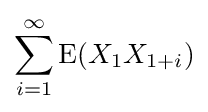
\sum _{i=1}^{\infty }\operatorname {E} (X_{1}X_{1+i})